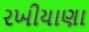
રખીયાણા